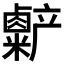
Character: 𫧷